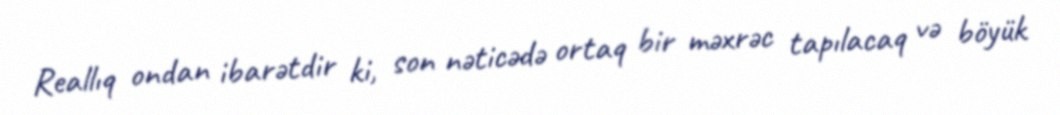
Reallıq ondan ibarətdir ki, son nəticədə ortaq bir məxrəc tapılacaq və böyük